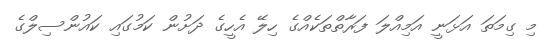
މި ގިމަތަ އަޅަނީ އަމިއްލަ ފަރާތްތަކެއްގެ ހިލޭ އެހީގެ ދަށުން ކަމުގައި ކައުންސިލްގެ